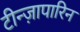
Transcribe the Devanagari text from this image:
टीन्ज़ापारिन